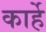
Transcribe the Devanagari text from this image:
कार्हे